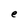
Character: e